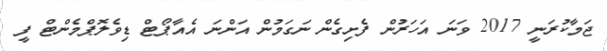
ޖަމާކުރަނީ 2017 ވަނަ އަހަރުން ފެށިގެން ނަގަމުން އަންނަ އެއާޕޯޓް ޑިވެލޮޕްމެންޓް ފީ